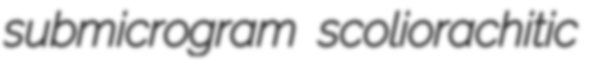
submicrogram scoliorachitic